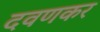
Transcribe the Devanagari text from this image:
दवणकर